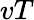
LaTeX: vT